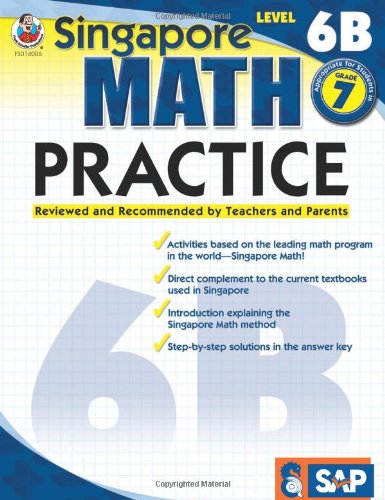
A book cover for Singapore Math Practice, Level 6B, Grade 7; Teen & Young Adult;